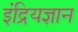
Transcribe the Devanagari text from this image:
इंद्रियज्ञान